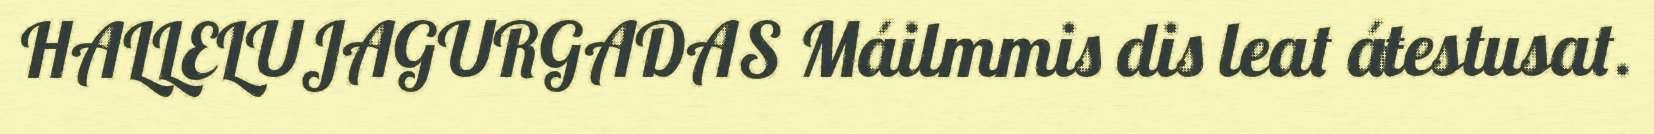
HALLELUJAGURGADAS Máilmmis dis leat áŧestusat.